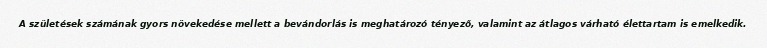
A születések számának gyors növekedése mellett a bevándorlás is meghatározó tényező, valamint az átlagos várható élettartam is emelkedik.